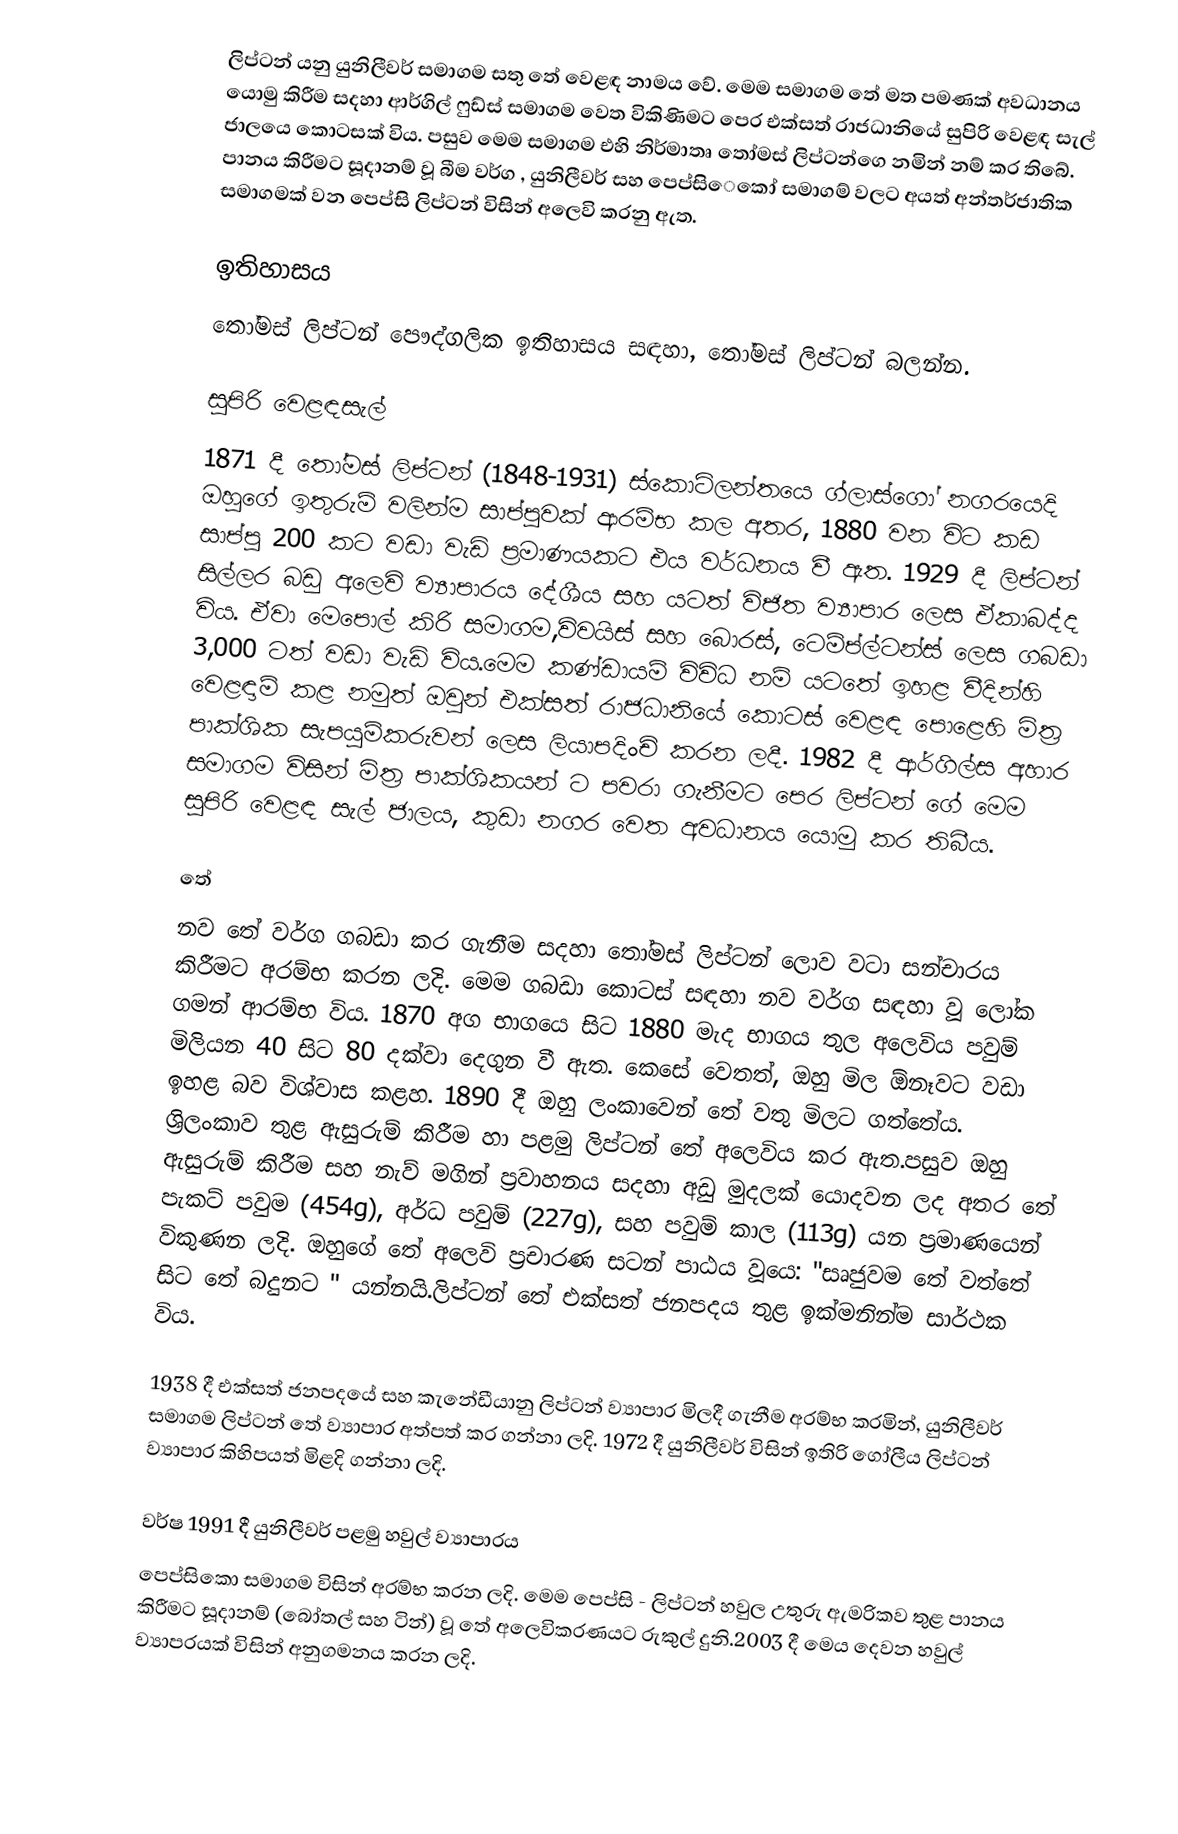
ලිප්ටන් යනු  යුනිලීවර් සමාගම සතු තේ වෙළඳ නාමය වේ. මෙම සමාගම තේ මත පමණක් අවධානය යොමු කිරීම සදහා ආර්ගිල් ෆුඩ්ස් සමාගම වෙත විකිණිමට පෙර  එක්සත් රාජධානියේ සුපිරි වෙළඳ සැල් ජාලයෙ කොටසක් විය.  පසුව මෙම සමාගම එහි නිර්මාතෘ තෝමස් ලිප්ටන්ගෙ  නමින්  නම් කර තිබේ.  පානය කිරීමට  සූදානම්  වූ බීම වර්ග , යුනිලීවර් සහ පෙප්සිෙකෝ සමාගම් වලට  අයත් අන්තර්ජාතික සමාගමක්  වන පෙප්සි ලිප්ටන්  විසින් අලෙවි කරනු ඇත.

ඉතිහාසය
 තෝමස් ලිප්ටන් පෞද්ගලික ඉතිහාසය සඳහා,  තෝමස් ලිප්ටන් බලන්න.

සුපිරි වෙළඳසැල්
1871 දී තෝමස් ලිප්ටන් (1848-1931)  ස්කොට්ලන්තයෙ ග්ලාස්ගෝ නගරයෙදි ඔහුගේ  ඉතුරුම් වලින්ම සාප්පුවක්  ආරම්භ කල අතර, 1880 වන විට කඩ සාප්පු 200 කට වඩා වැඩි ප්‍රමාණයකට එය  වර්ධනය වී ඇත. 1929 දී ලිප්ටන් සිල්ලර බඩු අලෙවි ව්‍යාපාරය දේශීය සහ යටත් විජිත ව්‍යාපාර ලෙස ඒකාබද්ද විය. ඒවා මෙපොල්  කිරි සමාගම,විවයිස් සහ  බොරස්, ටෙම්ප්ල්ටන්ස්  ලෙස ගබඩා 3,000 ටත්  වඩා වැඩි විය.මෙම කණ්ඩායම් විවිධ නම් යටතේ ඉහළ වීදින්හි වෙළඳාම් කළ  නමුත්  ඔවුන් එක්සත් රාජධානියේ කොටස් වෙළඳ පොළෙහි  මිත්‍ර පාක්ශික සැපයුම්කරුවන්   ලෙස   ලියාපදිංචි කරන ලදී. 1982 දී   ආර්ගිල්ස අහාර සමාගම විසින් මිත්‍ර පාක්ශිකයන් ට පවරා ගැනීමට පෙර ලිප්ටන් ගේ මෙම සුපිරි වෙළඳ සැල් ජාලය, කුඩා නගර  වෙත අවධානය යොමු කර තිබීය.

තේ
  නව  තේ වර්ග ගබඩා කර ගැනීම සදහා තෝමස් ලිප්ටන්  ලොව වටා සන්චාරය කිරීමට අරම්භ කරන ලදි. මෙම ගබඩා කොටස් සඳහා නව වර්ග සඳහා වූ ලෝක ගමන් ආරම්භ විය.  1870 අග භාගයෙ සිට  1880 මැද භාගය තුල අලෙවිය පවුම් මිලියන 40 සිට 80 දක්වා  දෙගුන වී ඇත. කෙසේ වෙතත්, ඔහු මිල ඕනෑවට වඩා ඉහළ බව විශ්වාස කළහ.  1890 දී ඔහු ලංකාවෙන්  තේ වතු මිලට ගත්තේය.  ශ්‍රිලංකාව තුළ ඇසුරුම් කිරීම  හා පළමු ලිප්ටන් තේ අලෙවිය කර ඇත.පසුව ඔහු  ඇසුරුම් කිරීම සහ නැව් මගින් ප්‍රවාහනය  සදහා අඩු මුදලක් යොදවන ලද අතර තේ පැකට් පවුම  (454g), අර්ධ පවුම් (227g), සහ පවුම්  කාල (113g)  යන  ප්‍රමාණයෙන් විකුණන ලදි. ඔහුගේ තේ අලෙවි ප්‍රචාරණ සටන් පාඨය වූයෙ: "සෘජුවම  තේ  වත්තේ සිට තේ බදුනට "  යන්නයි.ලිප්ටන් තේ එක්සත් ජනපදය තුළ ඉක්මනින්ම සාර්ථක විය.

1938 දී එක්සත් ජනපදයේ සහ කැනේඩීයානු ලිප්ටන් ව්‍යාපාර මිලදී ගැනීම අරම්භ කරමින්, යුනිලීවර් සමාගම ලිප්ටන් තේ ව්‍යාපාර  අත්පත් කර   ගන්නා ලදි. 1972 දී   යුනිලීවර් විසින් ඉතිරි  ගෝලීය ලිප්ටන් ව්‍යාපාර කිහිපයත් මිළදි ගන්නා ලදි.                                                                                      

වර්ෂ 1991 දී යුනිලීවර් පළමු හවුල් ව්‍යාපාරය
 පෙප්සිකො සමාගම විසින් අරම්භ කරන ලදි. මෙම පෙප්සි - ලිප්ටන්  හවුල උතුරු ඇමරිකව තුළ   පානය කිරීමට සූදානම්  (බෝතල් සහ ටින්) වූ තේ අලෙවිකරණයට රුකුල් දුනි.2003 දී මෙය දෙවන හවුල් ව්‍යාපරයක් විසින් අනුගමනය කරන ලදි.